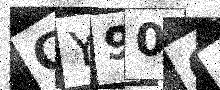
Text: CY90Q6